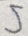
5